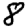
Digit: 8